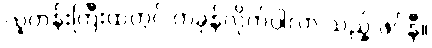
လူတန်းကြီးထဲတွင် ကခုန်လိုက်ပါလာ သည့် ဖဲင်နီ။